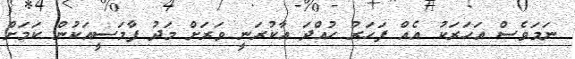
ނަމަވެސް އަހަރަކު އެއް ފަހަރު ހުއްދަ އާކުރަނީ ވަރަށް މަދު ފާމަސީއަކުން ކަމަށް